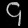
Digit: ၄